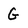
Character: G